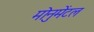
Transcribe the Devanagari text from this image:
मोनुमेंटल